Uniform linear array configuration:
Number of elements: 8
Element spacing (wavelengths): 0.75
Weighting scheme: exponential
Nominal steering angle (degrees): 60
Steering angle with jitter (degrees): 61.65
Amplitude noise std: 0.05
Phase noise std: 0.05

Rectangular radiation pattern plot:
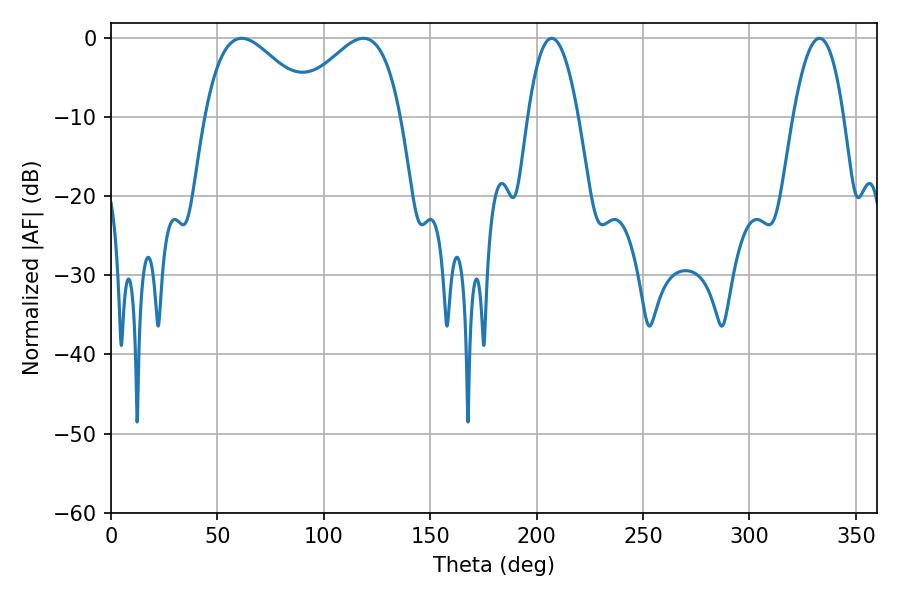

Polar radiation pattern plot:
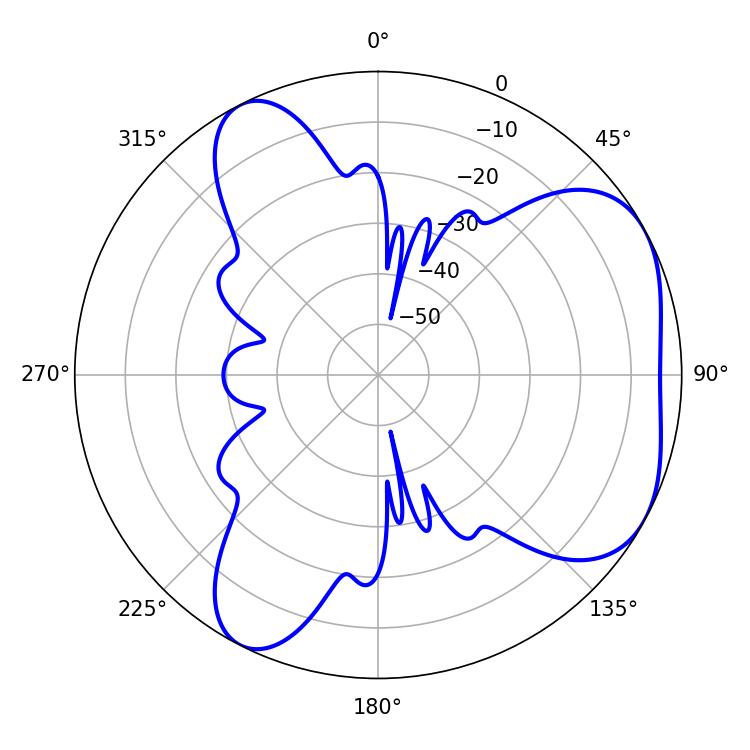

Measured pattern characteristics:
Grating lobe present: TRUE
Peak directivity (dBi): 4.712
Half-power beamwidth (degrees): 27.72
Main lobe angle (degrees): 61.38